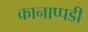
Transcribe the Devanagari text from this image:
कानाप्पडी